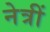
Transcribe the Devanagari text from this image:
नेत्रीं